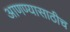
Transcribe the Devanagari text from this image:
आणण्यासाठीच